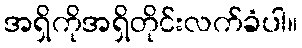
အရှိကိုအရှိတိုင်းလက်ခံပါ။